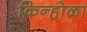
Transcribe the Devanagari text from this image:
किन्होळा